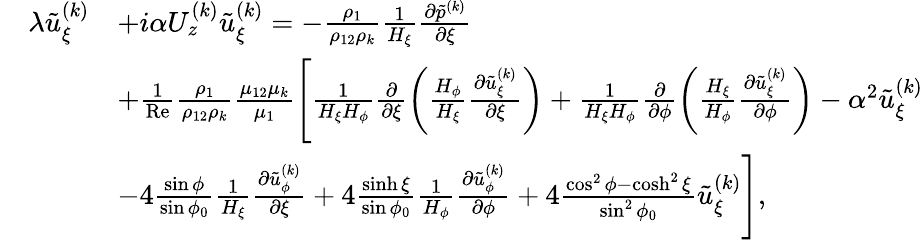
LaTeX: \begin{array}{rl}&{\begin{array}{rl}{\lambda\tilde{u}_{\xi}^{(k)}}&{+i\alpha U_{z}^{(k)}\tilde{u}_{\xi}^{(k)}=-\frac{\rho_{1}}{\rho_{12}\rho_{k}}\frac{1}{H_{\xi}}\frac{\partial\tilde{p}^{(k)}}{\partial\xi}}\\ &{+\frac{1}{\mathrm{Re}}\frac{\rho_{1}}{\rho_{12}\rho_{k}}\frac{\mu_{12}\mu_{k}}{\mu_{1}}\Biggl[\frac{1}{H_{\xi}H_{\phi}}\frac{\partial}{\partial\xi}\biggl(\frac{H_{\phi}}{H_{\xi}}\frac{\partial\tilde{u}_{\xi}^{(k)}}{\partial\xi}\biggr)+\frac{1}{H_{\xi}H_{\phi}}\frac{\partial}{\partial\phi}\biggl(\frac{H_{\xi}}{H_{\phi}}\frac{\partial\tilde{u}_{\xi}^{(k)}}{\partial\phi}\biggr)-\alpha^{2}\tilde{u}_{\xi}^{(k)}}\\ &{-4\frac{\sin\phi}{\sin\phi_{0}}\frac{1}{H_{\xi}}\frac{\partial\tilde{u}_{\phi}^{(k)}}{\partial\xi}+4\frac{\sinh\xi}{\sin\phi_{0}}\frac{1}{H_{\phi}}\frac{\partial\tilde{u}_{\phi}^{(k)}}{\partial\phi}+4\frac{\cos^{2}\phi-\cosh^{2}\xi}{\sin^{2}\phi_{0}}\tilde{u}_{\xi}^{(k)}\Biggr],}\end{array}}\end{array}